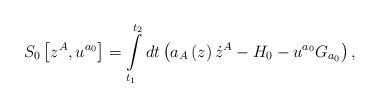
LaTeX: \begin{align*}S_{0}\left[ z^{A},u^{a_{0}}\right] =\int\limits_{t_{1}}^{t_{2}}dt\left(a_{A}\left( z\right) \dot{z}^{A}-H_{0}-u^{a_{0}}G_{a_{0}}\right) ,\end{align*}